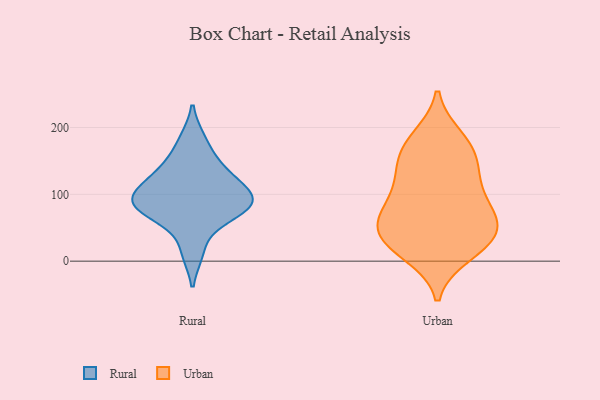
{"axis": {"x": "Budget (USD K)", "y": "Value"}, "legend": ["Rural", "Urban"], "data": [{"x": "", "y": 14, "type": "Rural"}, {"x": "", "y": 72, "type": "Rural"}, {"x": "", "y": 133, "type": "Rural"}, {"x": "", "y": 111, "type": "Rural"}, {"x": "", "y": 70, "type": "Rural"}, {"x": "", "y": 90, "type": "Rural"}, {"x": "", "y": 80, "type": "Rural"}, {"x": "", "y": 181, "type": "Rural"}, {"x": "", "y": 97, "type": "Rural"}, {"x": "", "y": 99, "type": "Rural"}, {"x": "", "y": 143, "type": "Rural"}, {"x": "", "y": 185, "type": "Urban"}, {"x": "", "y": 17, "type": "Urban"}, {"x": "", "y": 81, "type": "Urban"}, {"x": "", "y": 10, "type": "Urban"}, {"x": "", "y": 54, "type": "Urban"}, {"x": "", "y": 176, "type": "Urban"}, {"x": "", "y": 174, "type": "Urban"}, {"x": "", "y": 43, "type": "Urban"}, {"x": "", "y": 92, "type": "Urban"}, {"x": "", "y": 141, "type": "Urban"}, {"x": "", "y": 62, "type": "Urban"}, {"x": "", "y": 73, "type": "Urban"}, {"x": "", "y": 135, "type": "Urban"}, {"x": "", "y": 40, "type": "Urban"}, {"x": "", "y": 41, "type": "Urban"}, {"x": "", "y": 107, "type": "Urban"}, {"x": "", "y": 141, "type": "Urban"}, {"x": "", "y": 22, "type": "Urban"}]}